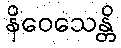
နိဝေသေန္တိ